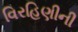
વિરહિણીની